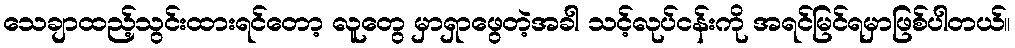
သေချာထည့်သွင်းထားရင်တော့ လူတွေ မှာရှာဖွေတဲ့အခါ သင့်လုပ်ငန်းကို အရင်မြင်ရမှာဖြစ်ပါတယ်။